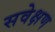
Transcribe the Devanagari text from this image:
सवेक्षण